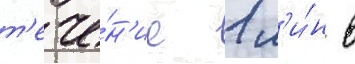
т'ече́н'ие 1 м'и́н в